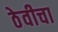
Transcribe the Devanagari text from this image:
ठेवीचा